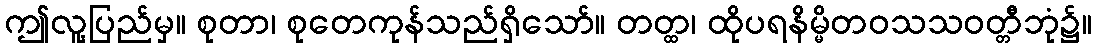
ဤလူ့ပြည်မှ။ စုတာ၊ စုတေကုန်သည်ရှိသော်။ တတ္ထ၊ ထိုပရနိမ္မိတဝသသဝတ္တီဘုံ၌။